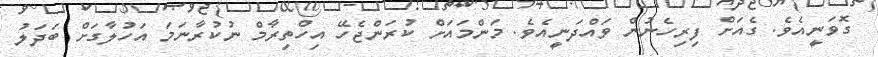
ގޮވަނީއެވެ. ގެއަށް ފިރިހެނުން ވައްދަނީއެވެ. މަންމައަށް ކުރަންޖެހޭ އިހްތިރާމް ނުކުރާނަމަ އަހުލާގަށް ބަދަލު